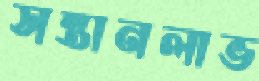
সন্তানলাভ